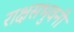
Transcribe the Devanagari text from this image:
राक्षसभुवनी